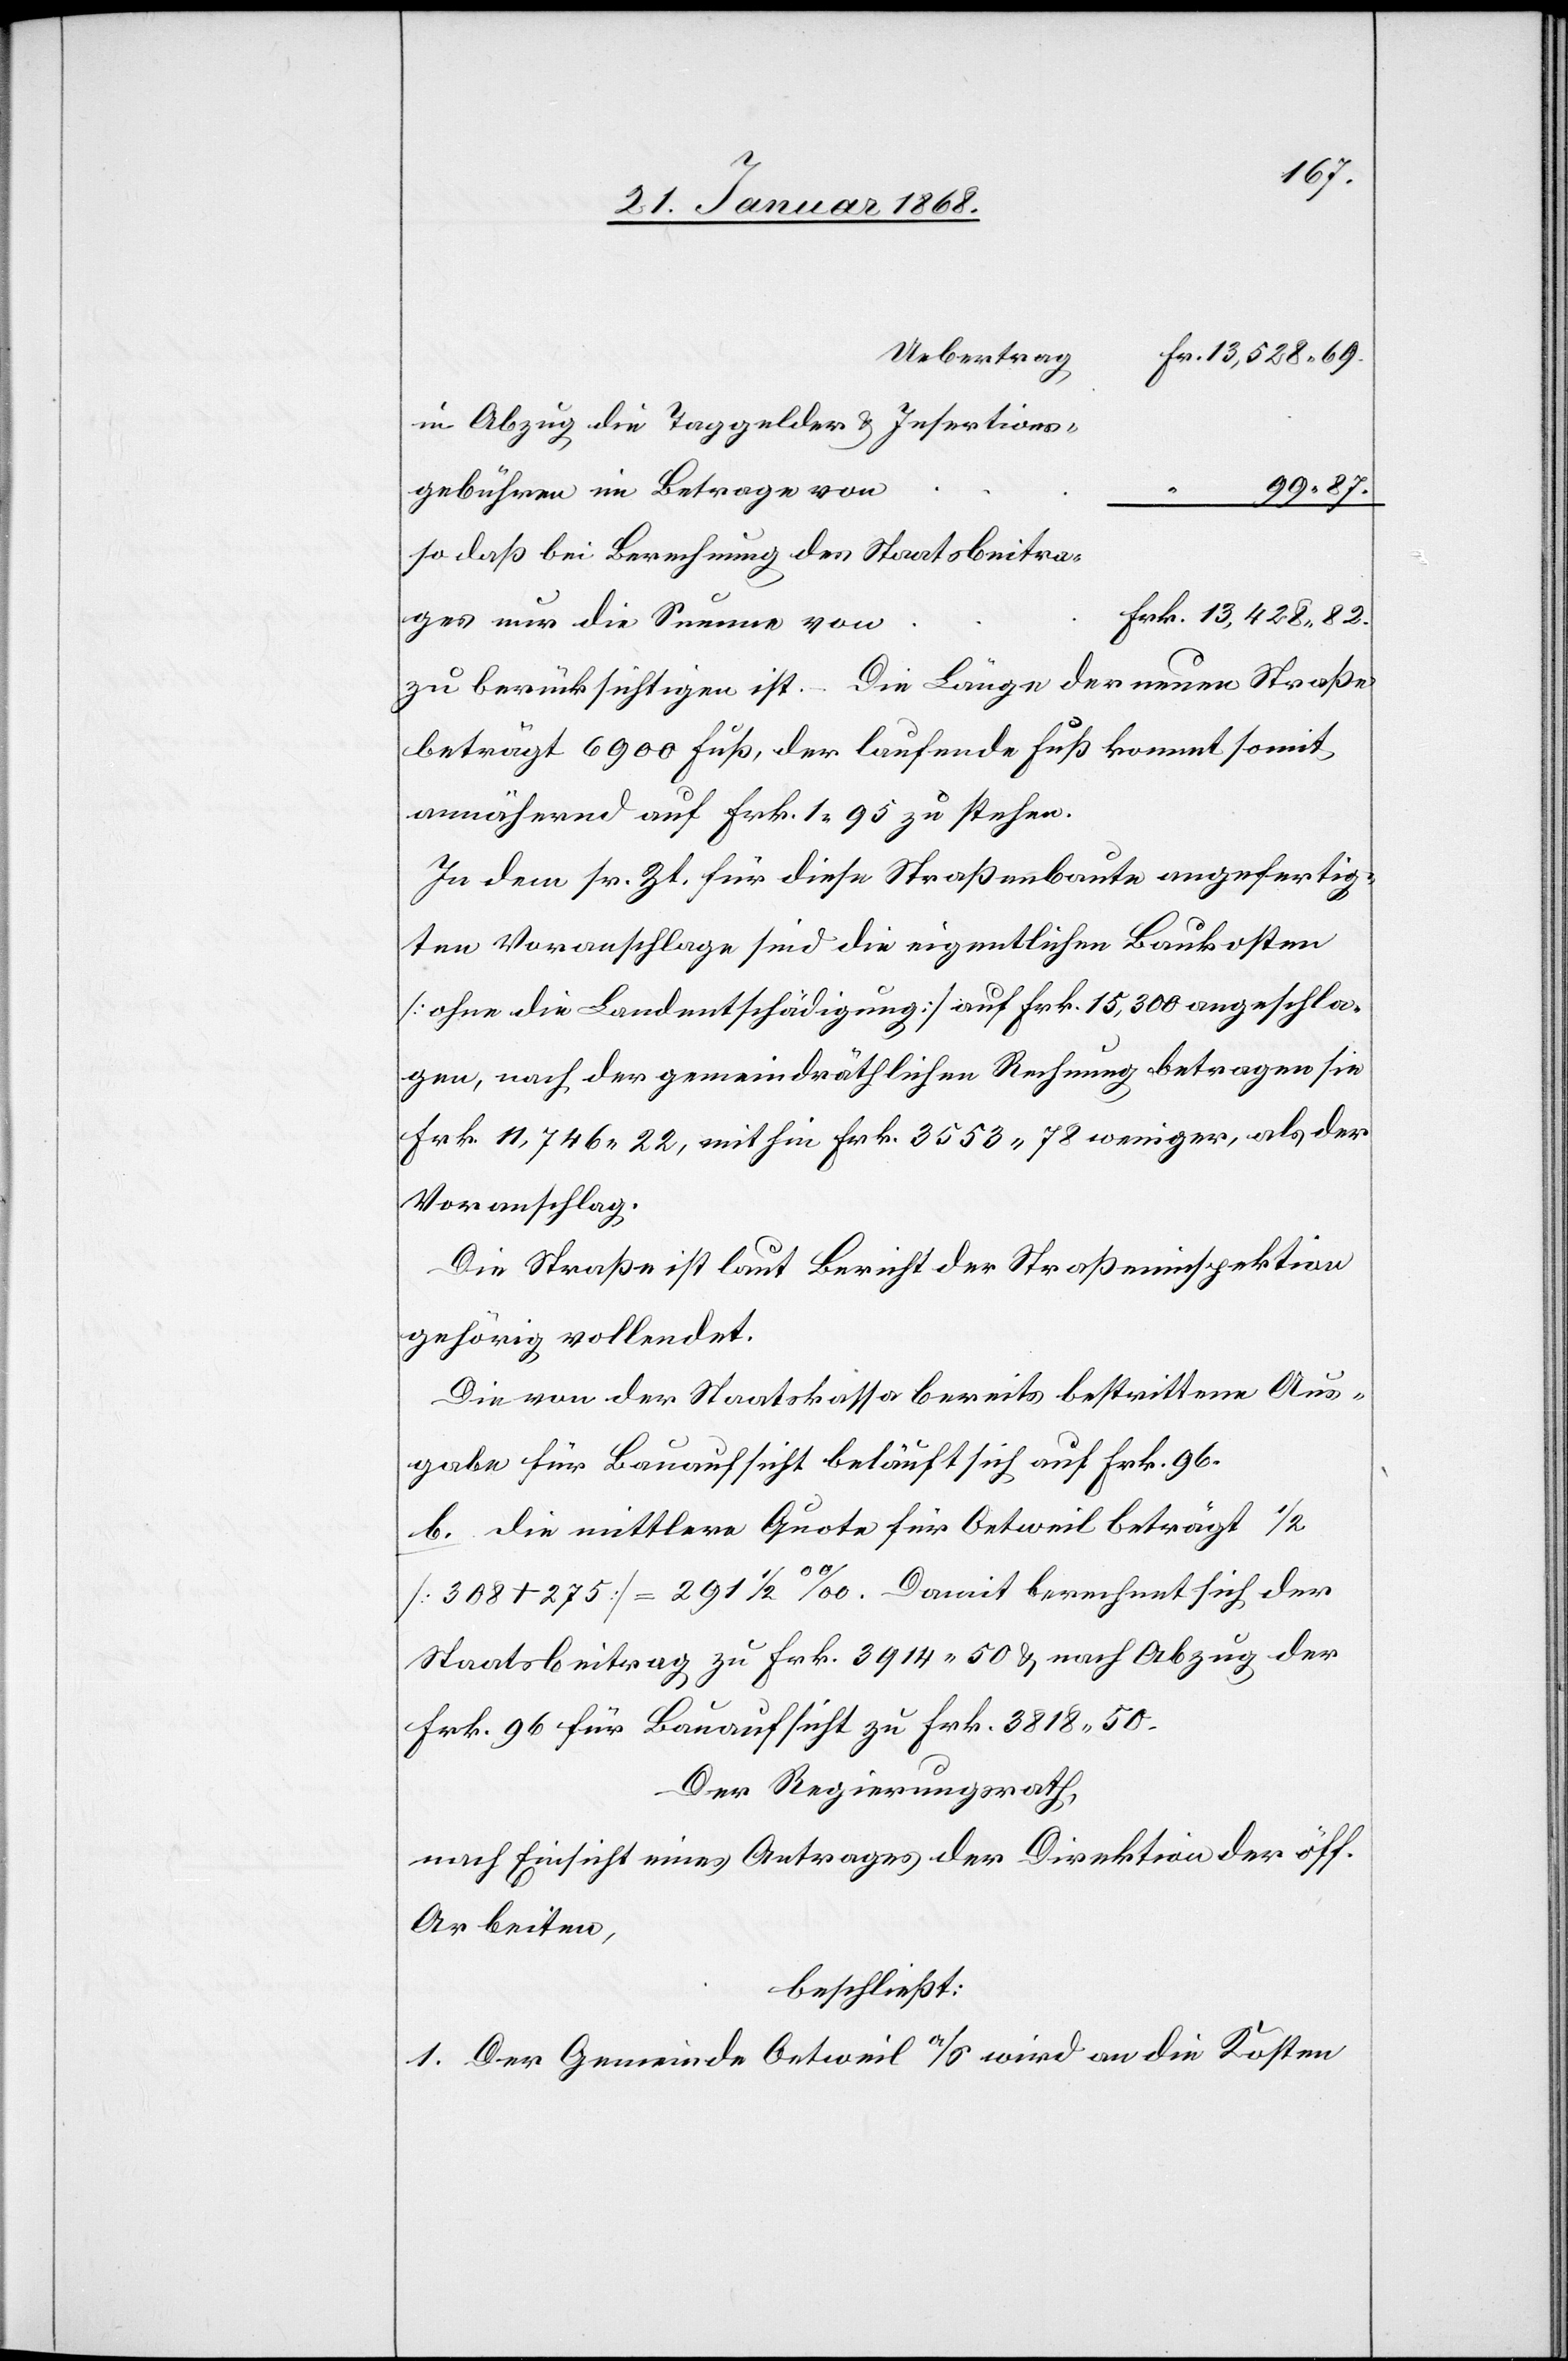
in Abzug die Taggelder & Insertions¬
gebühren im Betrage von
99 87.
so daß bei Berechnung des Staatsbeitra¬
Frk. 13,428 82.
ges nur die Summe von
zu berücksichtigen ist. – Die Länge der neuen Straße
beträgt 6900 Fuß, der laufende Fuß kommt somit
annähernd auf Frk. 1 95 zu stehen.
In dem sr. Zt. für diese Straßenbaute angefertig¬
ten Voranschlage sind die eigentlichen Baukosten
[ohne die Landentschädigung] auf Frk. 15,300 angeschla¬
gen, nach der gemeindräthlichen Rechnung betragen sie
Frk. 11,746 22, mithin Frk. 3553 78 weniger, als der
Voranschlag.
Die Straße ist laut Bericht der Straßeninspektion
gehörig vollendet.
Die von der Staatskassa bereits bestrittene Aus¬
gabe für Bauaufsicht beläuft sich auf Frk. 96.
b. die mittlere Quote für Oetweil beträgt 1/2
[308 + 275] = 291 1/2 ‰. Damit berechnet sich der
Staatsbeitrag zu Frk. 3914 50 & nach Abzug der
Frk. 96 für Bauaufsicht zu Frk. 3818 50.
Der Regierungsrath,
nach Einsicht eines Antrages der Direktion der öff.
Arbeiten,
beschließt:
1. Der Gemeinde Oetweil a/S wird an die Kosten